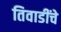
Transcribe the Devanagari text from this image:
तिवाडींचे